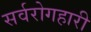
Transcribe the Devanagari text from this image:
सर्वरोगहारी